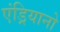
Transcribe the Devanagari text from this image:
एंड्रियानो